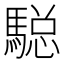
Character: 𲋼